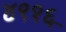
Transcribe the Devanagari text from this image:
४९१६